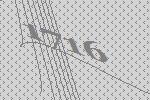
1716